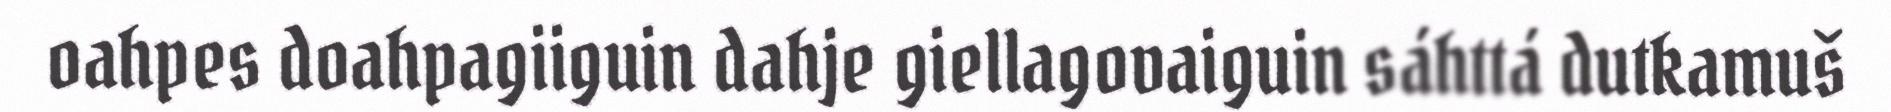
oahpes doahpagiiguin dahje giellagovaiguin sáhttá dutkamuš